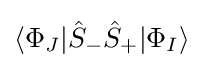
\langle \Phi _{J}|{\hat {S}}_{-}{\hat {S}}_{+}|\Phi _{I}\rangle